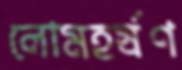
লোমহর্ষণ